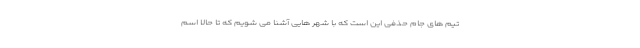
تیم های جام حذفی این است که با شهر هایی آشنا می شویم که تا حالا اسم